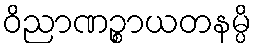
ဝိညာဏဉ္စာယတနမ္ပိ